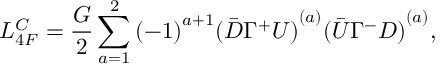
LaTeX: { \cal L } _ { 4 F } ^ { C } = \frac { G } { 2 } \sum _ { a = 1 } ^ { 2 } { ( - 1 ) } ^ { a + 1 } { ( \bar { D } \Gamma ^ { + } U ) } ^ { ( a ) } { ( \bar { U } \Gamma ^ { - } D ) } ^ { ( a ) } ,